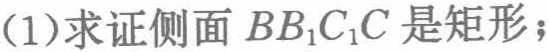
(1)求证侧面 \(BB_{1}C_{1}C\) 是矩形；